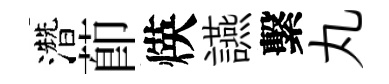
濳莭煐讌繫丸